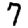
Digit: 7